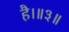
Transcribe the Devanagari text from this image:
है।॥३॥